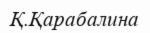
Қ.Қарабалина